Civil Veterinary Dept. Assam report 1927-50 - 1927-1950
Year: 1927
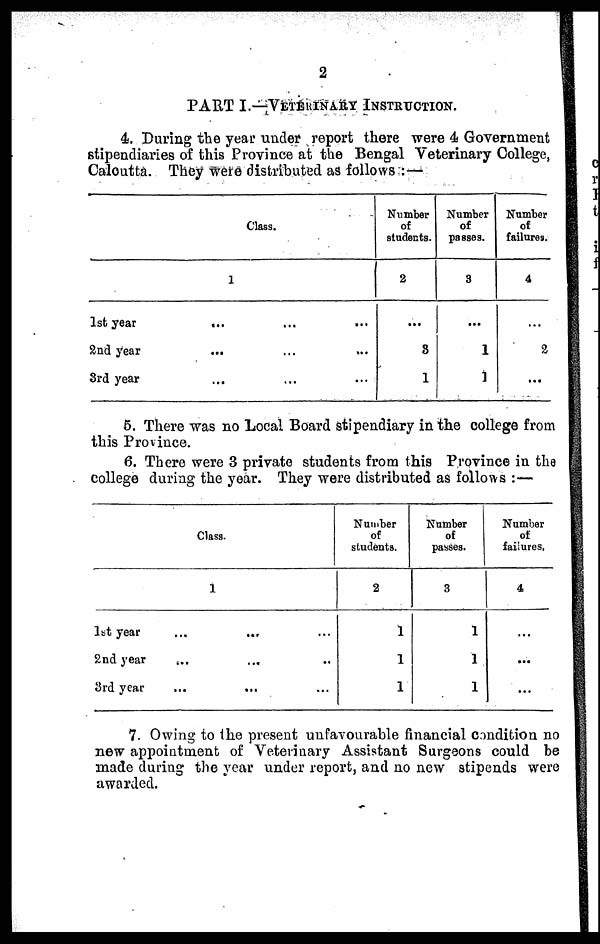
9
PART I.—VETERINARY INSTRUCTION.
4. During the year under report there were 4 Government
stipendiaries of this Province at the Bengal Veterinary College,
Calcutta. They were distributed as follows :—
Class.
1
1st year
... ... ...
2nd year
...
...
...
3rd year ... ... ...
Number
of
students.
2
…
8
1
Number
of
passes.
3
…
1
1
Number
of
failures.
4
…
2
…
5. There was no Local Board stipendiary in the college from
this Province.
6. There were 3 private students from this Province in the
college during the year. They were distributed as follows :—
Class.
1
1st year ... ... ...
2nd year ... ... ...
3rd year ... ... ...
Number
of
students.
2
1
1
1
Number
of
passes.
3
1
1
1
Number
of
failures,
4
...
...
...
7. Owing to the present unfavourable financial condition no
new appointment of Veterinary Assistant Surgeons could be
made during the year under report, and no new stipends were
awarded.